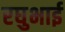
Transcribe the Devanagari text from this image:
रघुभाई